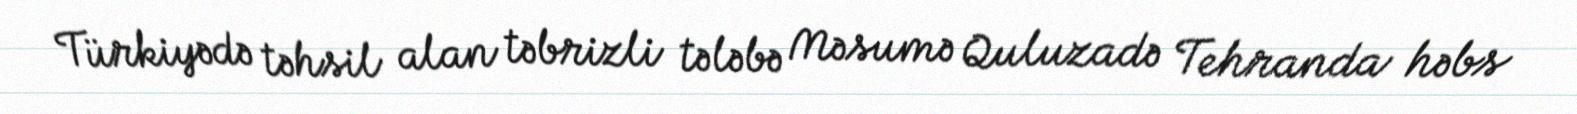
Türkiyədə təhsil alan təbrizli tələbə Məsumə Quluzadə Tehranda həbs